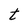
Character: t